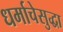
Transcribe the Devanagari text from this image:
धर्माचेसुद्धा